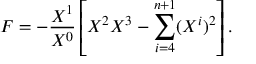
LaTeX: F = - { \frac { X ^ { 1 } } { X ^ { 0 } } } \left[ X ^ { 2 } X ^ { 3 } - \sum _ { i = 4 } ^ { n + 1 } ( X ^ { i } ) ^ { 2 } \right] .